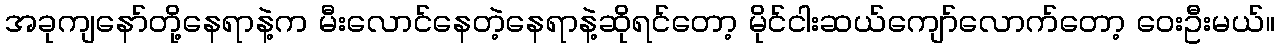
အခုကျနော်တို့နေရာနဲ့က မီးလောင်နေတဲ့နေရာနဲ့ဆိုရင်တော့ မိုင်ငါးဆယ်ကျော်လောက်တော့ ဝေးဦးမယ်။